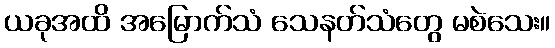
ယခုအထိ အမြောက်သံ သေနတ်သံတွေ မစဲသေး။